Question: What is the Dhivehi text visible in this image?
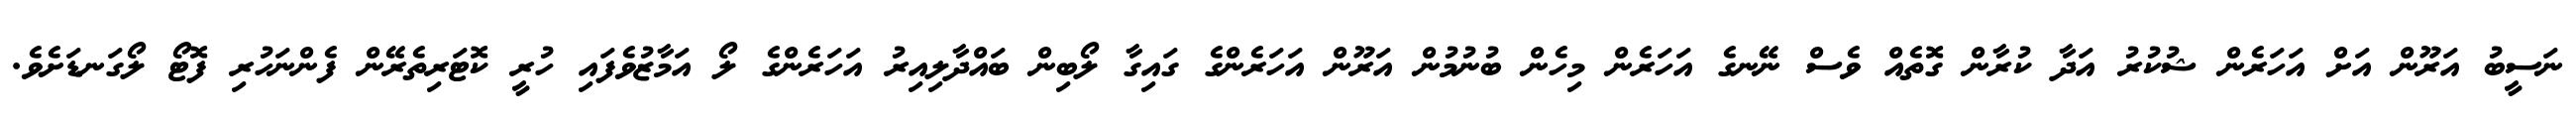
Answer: ނަސީބު އަރޫން އަށް އަހަރެން ޝުކުރު އަދާ ކުރާން ގޮތެއް ވެސް ނޭނގެ އަހަރެން މިހެން ބުނުމުން އަރޫން އަހަރެންގެ ގައިގާ ލޯބިން ބައްދާލިއިރު އަހަރެންގެ ލޯ އަމާޒުވެފައި ހުރީ ކޮޓަރިތެރޭން ފެންނަހުރި ފޮޓޯ ލޯގަނޑަށެވެ.